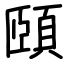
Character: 頤